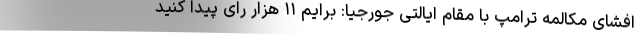
افشای مکالمه ترامپ با مقام ایالتی جورجیا: برایم ۱۱ هزار رای پیدا کنید